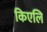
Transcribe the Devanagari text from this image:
किएलि